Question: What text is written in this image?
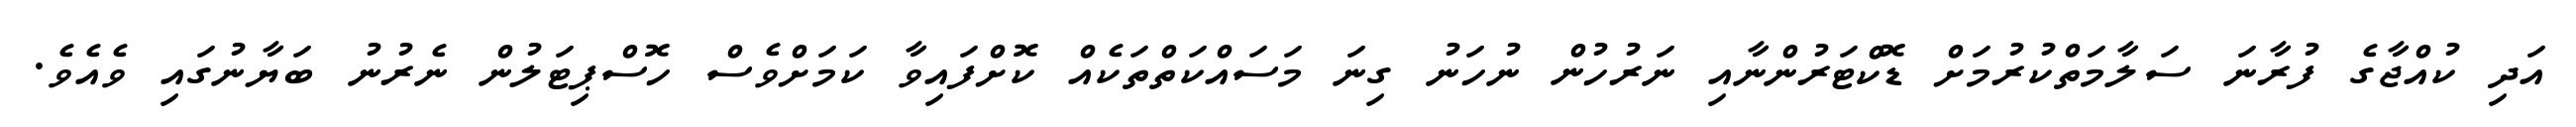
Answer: އަދި ކުއްޖާގެ ފުރާނަ ސަލާމަތްކުރުމަށް ޑޮކްޓަރުންނާއި ނަރުހުން ނުހަނު ގިނަ މަސައްކަތްތަކެއް ކޮށްފައިވާ ކަމަށްވެސް ހޮސްޕިޓަލުން ނެރުނު ބަޔާނުގައި ވެއެވެ.